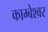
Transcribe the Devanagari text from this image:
काम्बेश्वर